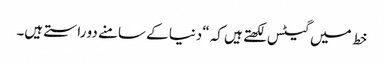
خط میں گیٹس لکھتے ہیں کہ “دنیا کے سامنے دو راستے ہیں۔